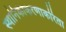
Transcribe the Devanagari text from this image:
स्थानिकीकरणाकरिता